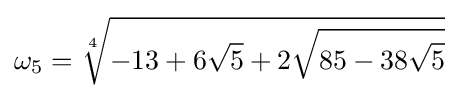
\omega _{5}={\sqrt[{4}]{-13+6{\sqrt {5}}+2{\sqrt {85-38{\sqrt {5}}}}}}